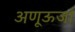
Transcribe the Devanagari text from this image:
अणूऊर्जा